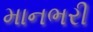
માનભરી